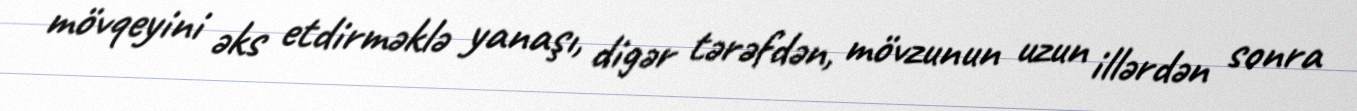
mövqeyini əks etdirməklə yanaşı, digər tərəfdən, mövzunun uzun illərdən sonra